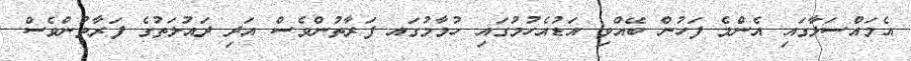
އެމައްސަލާގައި އެންމެ ފަހުން ބޭއްވި އަޑުއެހުމުގައި ހުމާމުގައ ފަރާތުންވެސް އަދި ދައުލަތުގެ ފަރާތުންވެސް